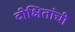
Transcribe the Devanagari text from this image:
दीक्षितांची